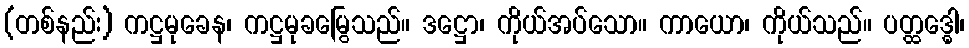
(တစ်နည်း) ကဋ္ဌမုခေန၊ ကဋ္ဌမုခမြွေသည်။ ဒဋ္ဌော၊ ကိုယ်အပ်သော။ ကာယော၊ ကိုယ်သည်။ ပတ္ထဒ္ဓေါ၊